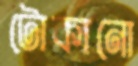
টোকানো